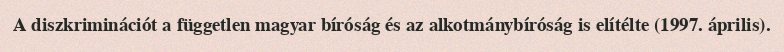
A diszkriminációt a független magyar bíróság és az alkotmánybíróság is elítélte (1997. április).